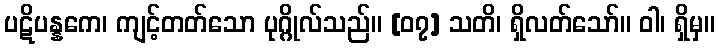
ပဋိပန္နကေ၊ ကျင့်တတ်သော ပုဂ္ဂိုလ်သည်။ [၀၇] သတိ၊ ရှိလတ်သော်။ ဝါ၊ ရှိမှ။